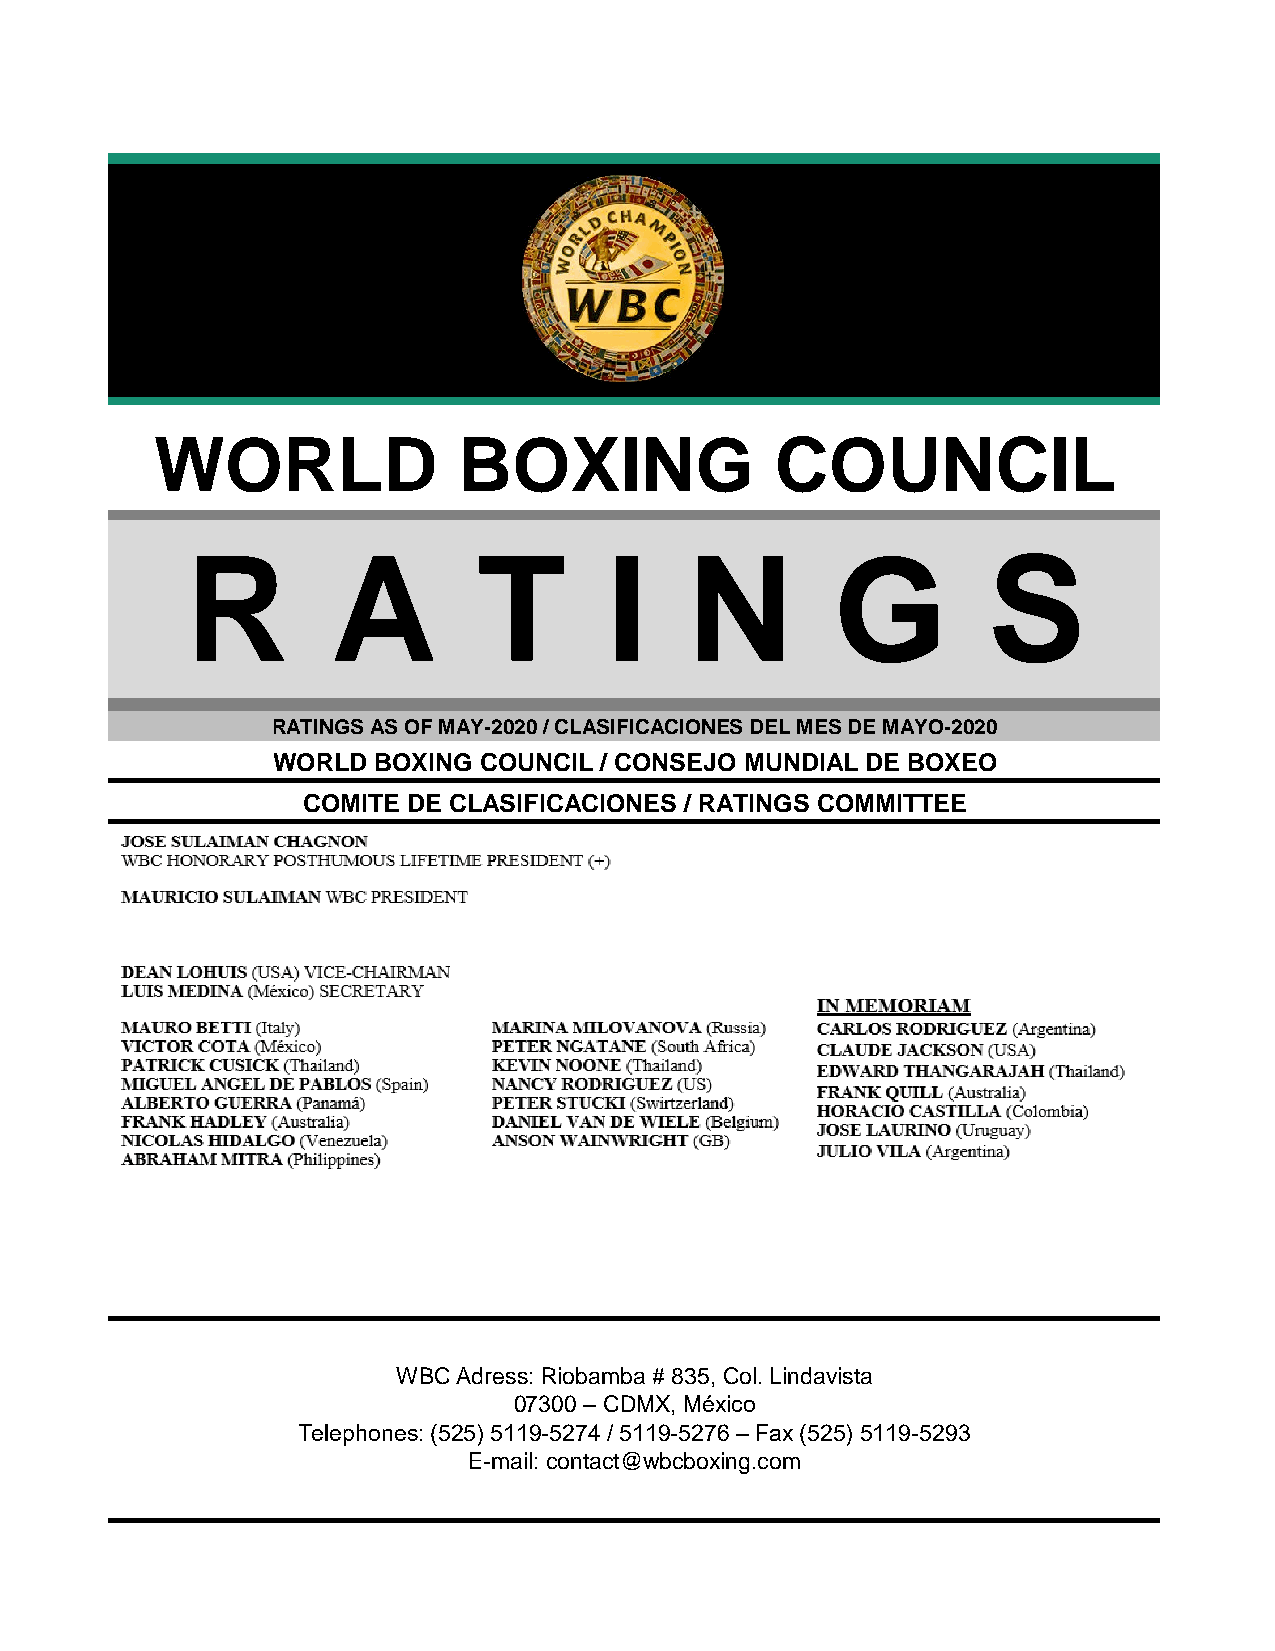
p
 WORLD               BOXING               COUNCIL
 R         A         T       I     N        G         S
 RATINGS AS OF MAY-2020 / CLASIFICACIONES DEL MES DE MAYO-2020
 WORLD  BOXING COUNCIL / CONSEJO MUNDIAL DE BOXEO
 COMITE DE CLASIFICACIONES / RATINGS COMMITTEE
 WBC Adress: Riobamba # 835, Col. Lindavista
 07300 – CDMX, México
 Telephones: (525) 5119-5274 / 5119-5276 – Fax (525) 5119-5293
 E-mail: contact@wbcboxing.com